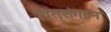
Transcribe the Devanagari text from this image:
पितृसंगठन